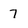
Character: 7